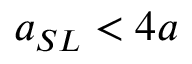
a _ { S L } < 4 a